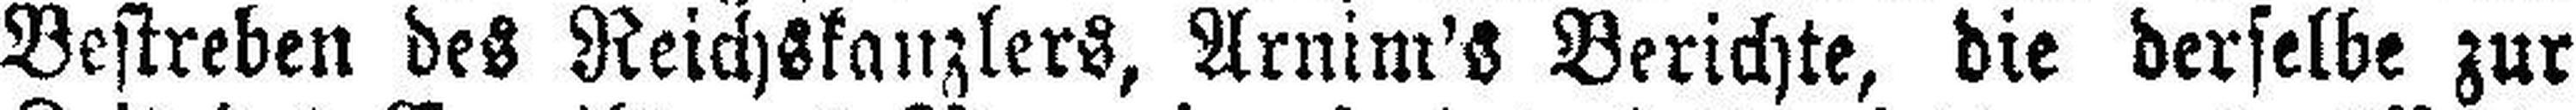
Bestreben des Reichskanzlers, Arnim's Berichte, die derselbe zur